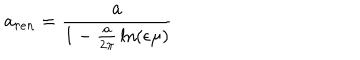
{ \bf a } _ { r e n } = { \frac { \bf a } { 1 - { \frac { \bf a } { 2 \pi } } \ln ( { \epsilon \mu } ) } }